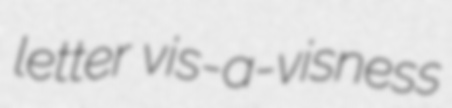
letter vis-a-visness